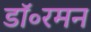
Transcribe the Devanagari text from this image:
डॉ॰रमन